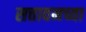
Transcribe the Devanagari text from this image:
सत्तावनच्या